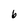
Character: 6